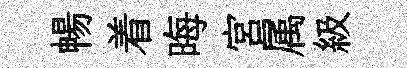
暢着晦宮属級